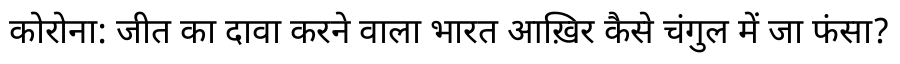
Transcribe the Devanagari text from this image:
कोरोना: जीत का दावा करने वाला भारत आख़िर कैसे चंगुल में जा फंसा?